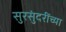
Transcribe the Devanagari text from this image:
सुरसुंदरींच्या